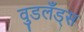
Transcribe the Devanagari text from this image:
वुडलँड्स